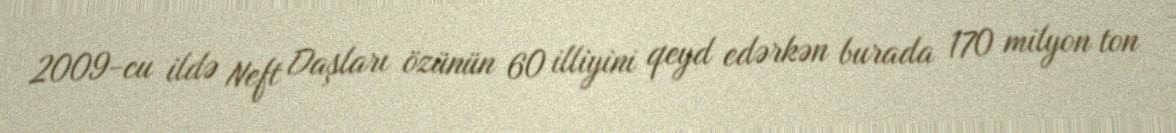
2009-cu ildə Neft Daşları özünün 60 illiyini qeyd edərkən burada 170 milyon ton